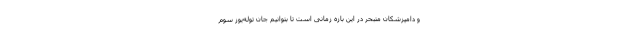
و دامپزشکان متبحر در این بازه زمانی است تا بتوانیم جان توله‌یوز سوم